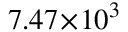
7 . 4 7 \! \times \! 1 0 ^ { 3 }